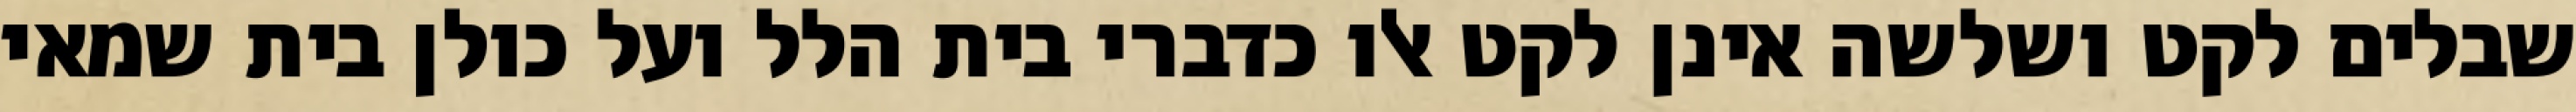
שבלים לקט ושלשה אינן לקט אלו כדברי בית הלל ועל כולן בית שמאי